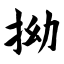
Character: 拗